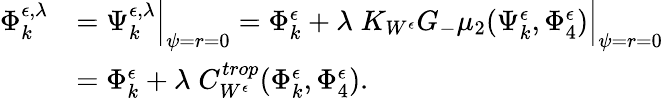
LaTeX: \begin{array}{rl}{\Phi_{k}^{{\epsilon},\lambda}}&{=\Psi_{k}^{{\epsilon},\lambda}\Big|_{\psi=r=0}=\Phi_{k}^{\epsilon}+\lambda\; K_{W^{\epsilon}}G_{-}\mu_{2}(\Psi_{k}^{\epsilon},\Phi_{4}^{\epsilon})\Big|_{\psi=r=0}}\\ &{=\Phi_{k}^{\epsilon}+\lambda\; C_{W^{\epsilon}}^{trop}(\Phi_{k}^{\epsilon},\Phi_{4}^{\epsilon}).}\end{array}